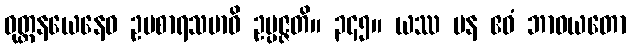
ဝုတ္တနယေနေဝ ဥပစာရသမာဓိ ဥပ္ပဇ္ဇတိ။ ၃၄၅။ ယဿ ပန ဧဝံ ဘာဝယတော